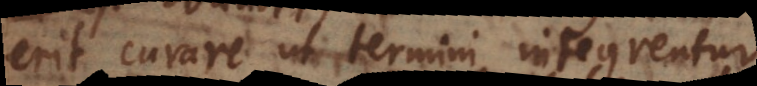
erit curare ut termini integrentur.